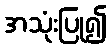
အသုံးပြု၍